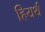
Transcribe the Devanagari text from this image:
हियर्थ